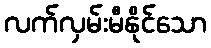
လက်လှမ်းမီနိုင်သော